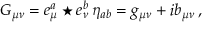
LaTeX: G _ { \mu \nu } = e _ { \mu } ^ { a } \star e _ { \nu } ^ { b } \, \eta _ { a b } = g _ { \mu \nu } + i b _ { \mu \nu } \, ,